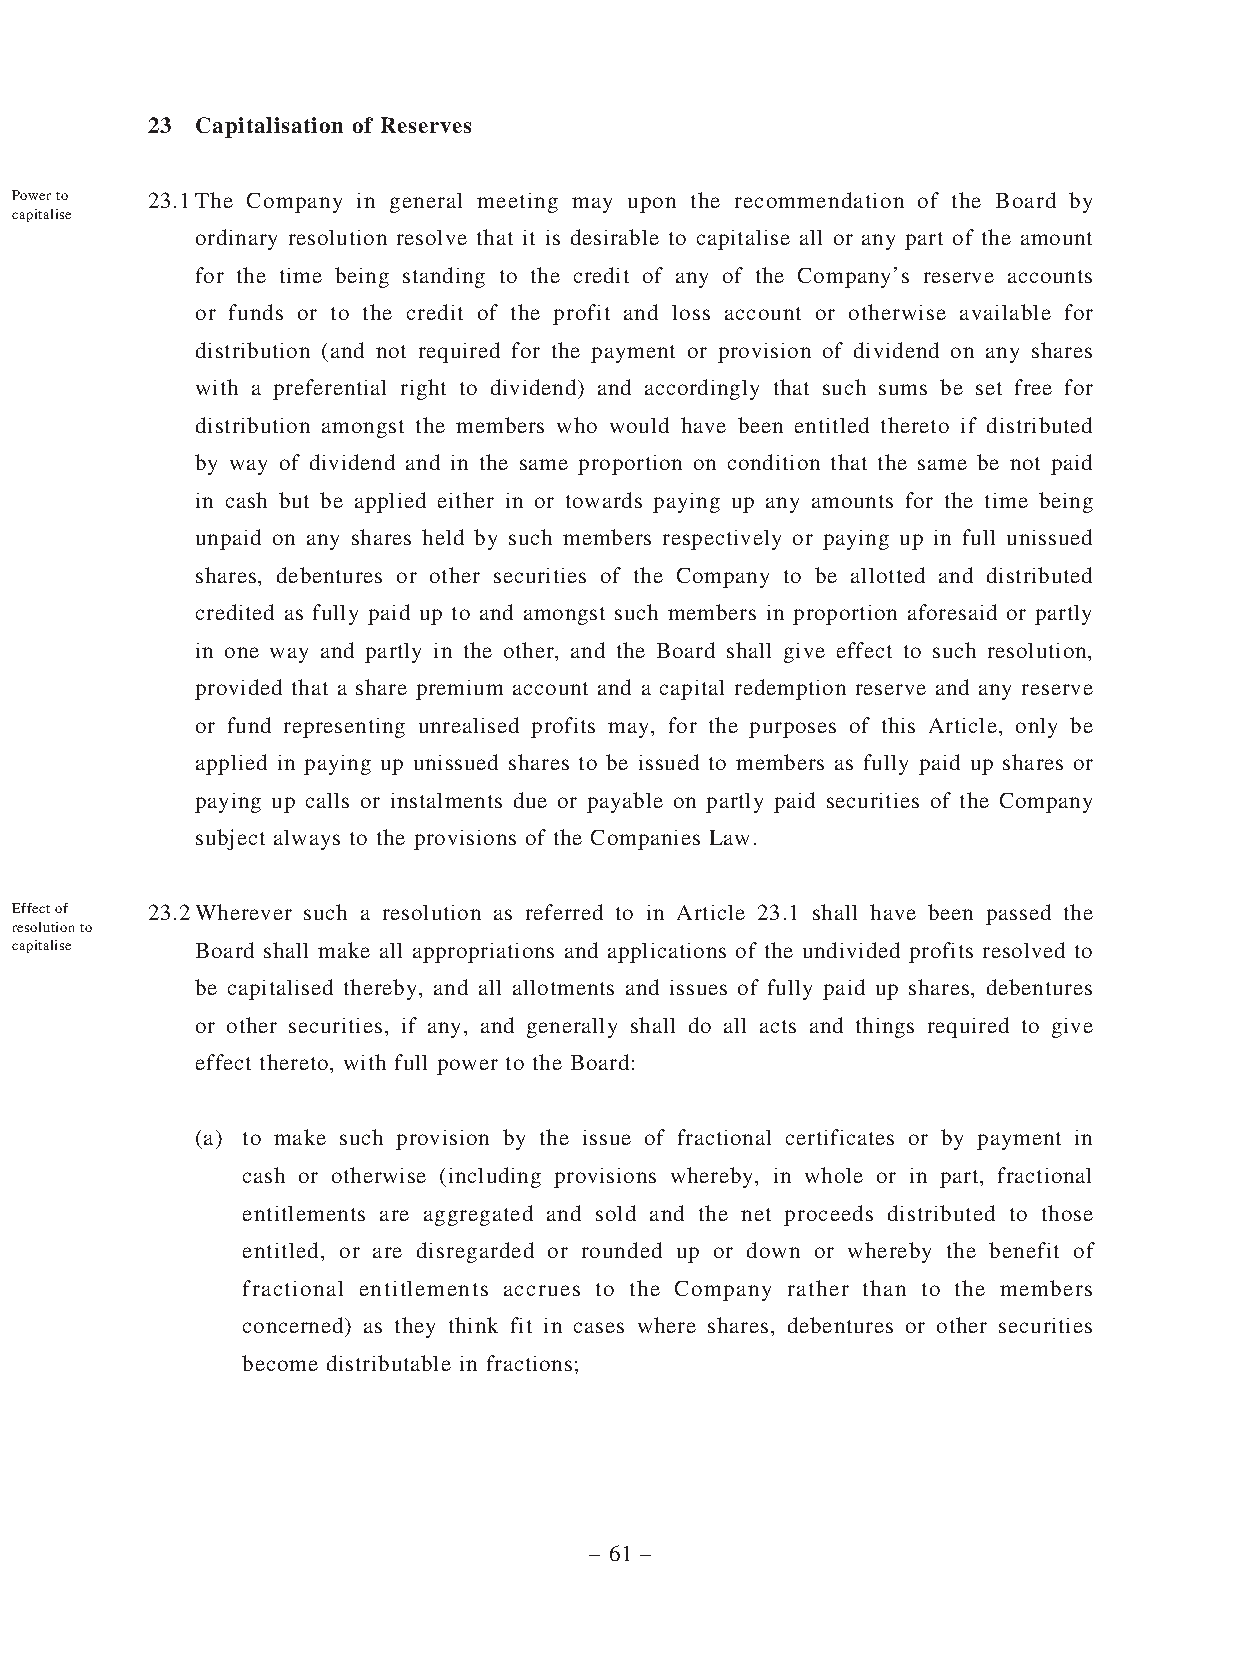
23 Capitalisation of Reserves
 Power to 23.1 The Company in general meeting may upon the recommendation of the Board by
 capitalise
 ordinary resolution resolve that it is desirable to capitalise all or any part of the amount
 for the time being standing to the credit of any of the Company’s reserve accounts
 or funds or to the credit of the profit and loss account or otherwise available for
 distribution (and not required for the payment or provision of dividend on any shares
 with a preferential right to dividend) and accordingly that such sums be set free for
 distribution amongst the members who would have been entitled thereto if distributed
 by way of dividend and in the same proportion on condition that the same be not paid
 in cash but be applied either in or towards paying up any amounts for the time being
 unpaid on any shares held by such members respectively or paying up in full unissued
 shares, debentures or other securities of the Company to be allotted and distributed
 credited as fully paid up to and amongst such members in proportion aforesaid or partly
 in one way and partly in the other, and the Board shall give effect to such resolution,
 provided that a share premium account and a capital redemption reserve and any reserve
 or fund representing unrealised profits may, for the purposes of this Article, only be
 applied in paying up unissued shares to be issued to members as fully paid up shares or
 paying up calls or instalments due or payable on partly paid securities of the Company
 subject always to the provisions of the Companies Law.
 Effect of 23.2 Wherever such a resolution as referred to in Article 23.1 shall have been passed the
 resolution to
 capitalise  Board shall make all appropriations and applications of the undivided profits resolved to
 be capitalised thereby, and all allotments and issues of fully paid up shares, debentures
 or other securities, if any, and generally shall do all acts and things required to give
 effect thereto, with full power to the Board:
 (a) to make such provision by the issue of fractional certificates or by payment in
 cash or otherwise (including provisions whereby, in whole or in part, fractional
 entitlements are aggregated and sold and the net proceeds distributed to those
 entitled, or are disregarded or rounded up or down or whereby the benefit of
 fractional entitlements accrues to the Company rather than to the members
 concerned) as they think fit in cases where shares, debentures or other securities
 become distributable in fractions;
 – 61 –